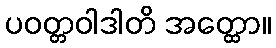
ပဝတ္တဝါဒါတိ အတ္ထော။